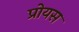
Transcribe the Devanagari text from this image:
प्रोयस